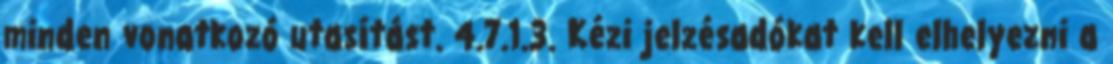
minden vonatkozó utasítást. 4.7.1.3. Kézi jelzésadókat kell elhelyezni a